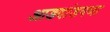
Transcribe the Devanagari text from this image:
आडदांडपणा